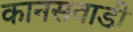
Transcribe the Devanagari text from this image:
कानसवाडी